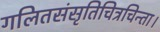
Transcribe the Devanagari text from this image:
गलितसंसृतिचित्रचिन्ता।